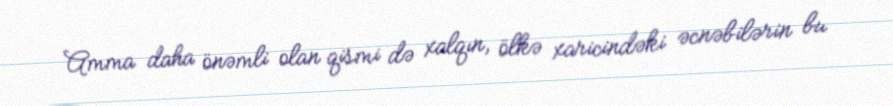
Amma daha önəmli olan qismi də xalqın, ölkə xaricindəki əcnəbilərin bu